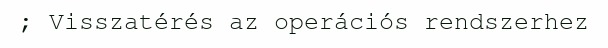
; Visszatérés az operációs rendszerhez